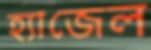
হ্যাজেল